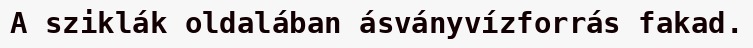
A sziklák oldalában ásványvízforrás fakad.